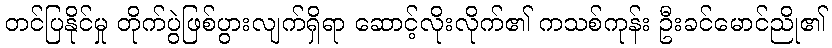
တင်ပြနိုင်မှု တိုက်ပွဲဖြစ်ပွားလျက်ရှိရာ ဆောင့်လိုးလိုက်၏ ကသစ်ကုန်း ဦးခင်မောင်ညို၏